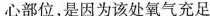
心部位，是因为该处氧气充足